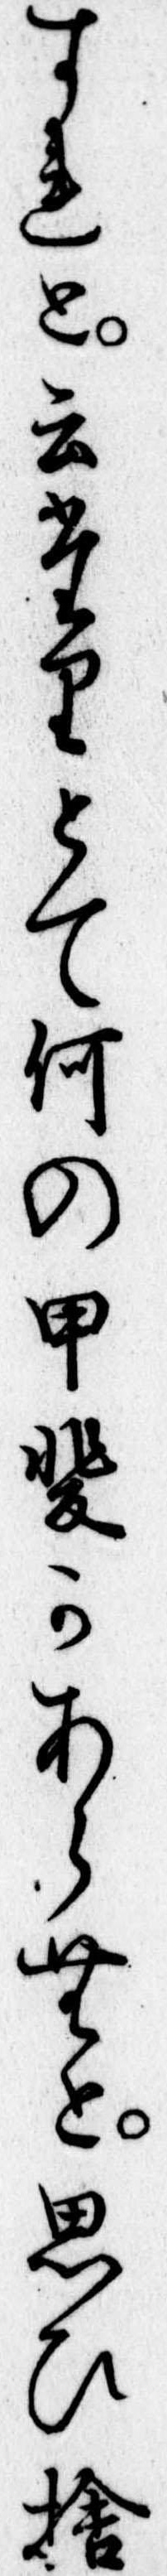
すれと云たりとて何の甲斐かあらむと思ひ捨